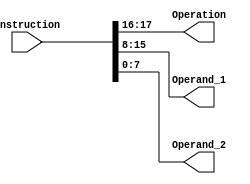
module Control_Unit 
(
    input [17 : 0] Instruction,

    output [1 : 0] Operation,
    output [7 : 0] Operand_1,
    output [7 : 0] Operand_2
);
    
    assign Operation = Instruction[17 : 16];
    assign Operand_1 = Instruction[15 : 8];
    assign Operand_2 = Instruction[7 : 0];
endmodule